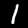
Label: 1